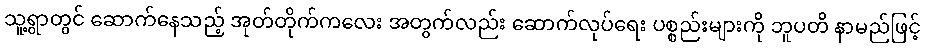
သူ့ရွာတွင် ဆောက်နေသည့် အုတ်တိုက်ကလေး အတွက်လည်း ဆောက်လုပ်ရေး ပစ္စည်းများကို ဘူပတိ နာမည်ဖြင့်